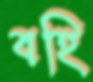
বহি